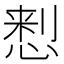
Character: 𢝗